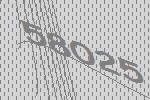
58025